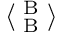
\langle _ { \textrm { B } } ^ { \textrm { B } } \rangle